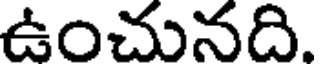
ఉంచునది.